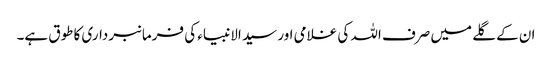
ان کے گلے میں صرف اللہ کی غلامی اور سید الانبیاء کی فرمانبرداری کا طوق ہے۔